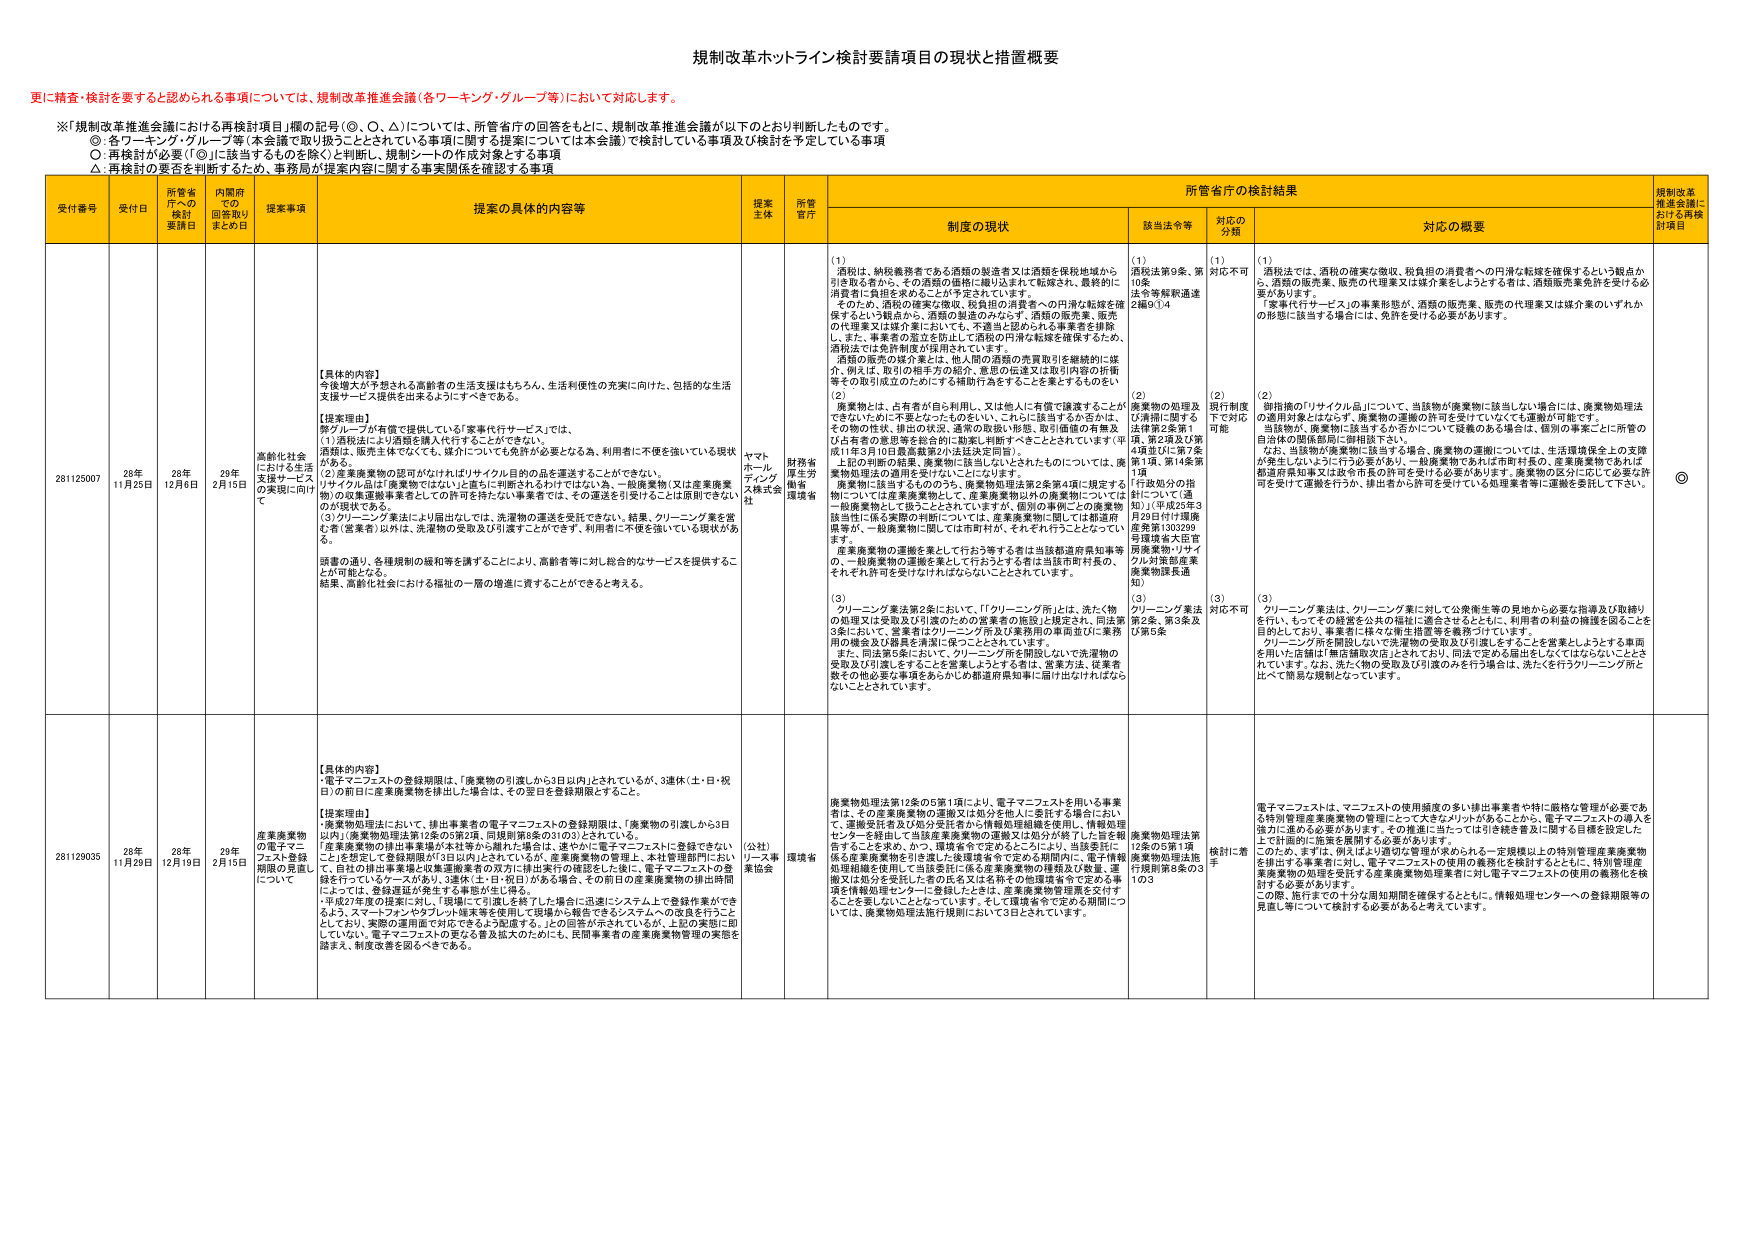
規制改革ホットライン検討要請項目の現状と措置概要

更に精査・検討を要すると認められる事項については、規制改革推進会議（各ワーキング・グループ等）において対応します。

※「規制改革推進会議における再検討項目」欄の記号（◎、○、△）については、所管省庁の回答をもとに、規制改革推進会議が以下のとおり判断したものです。
◎：各ワーキング・グループ等（本会議で取り扱うこととされている事項に関する提案については本会議）で検討している事項及び検討を予定している事項
○：再検討が必要（「◎」に該当するものと除く）と判断し、規制シートの作成対象とする事項
△：再検討の要否を判断するため、事務局が提案内容に関する事実関係を確認する事項

受付番号 受付日 所管省庁への検討要請日 内閣府での回答取りまとめ日 提案事項 提案の具体的内容等 提案主体 所管省庁 制度の現状 所管省庁の検討結果 規制改革推進会議における再検討項目
該当法令等 対応の分類 対応の概要

281125007 28年11月25日 28年12月6日 28年2月15日 高齢化社会における生活支援サービスの実現に向けて 【具体的な内容】
今後増大が予想される高齢者の生活支援はもちろん、生活利便性の充実を向けた、包括的な生活支援サービス提供を出来るようにすべきである。

【提案理由】
弊グループが有償で提供している「家事代行サービス」では、
（1）酒税法により酒類を購入代行することができない。
（2）産業廃棄物の認可がなければリサイクル目的の品を運送することができない。
（3）クリーニング業法により届出なしでは、洗濯物の運送を受託できない。結果、クリーニング業を営む者（営業者）以外は、洗濯物の受取及び引渡すことができず、利用者に不便を強いている現状がある。
設置の通り、各種規制の緩和等を講ずることにより、高齢者等に対し総合的なサービスを提供することが可能となる。
結果、高齢化社会における福祉の一層の増進に資することができると考える。 ヤマトホールディングス株式会社 財務省厚生労働省環境省 （1）酒税は、納税義務者である酒類の製造者又は酒類を保税地域から引き取る者から、その酒類の価格に織り込まれて転嫁され、最終的に消費者に負担を求めることが予定されています。
そのため、酒税の確実な徴収、税負担の消費者への円滑な転嫁を確保するという観点から、酒類の製造者のみならず、酒類の販売業、販売の代理業又は媒介業に係る業者を排除し、また、事業者の孤立を防止して酒税の円滑な転嫁を確保するため、酒税法では免許制度が採用されています。
酒類の販売の媒介業とは、他人間の酒類の売買取りを継続的に媒介、例えば、取りの相手方の紹介、意思の伝達又は取引内容の折衝等を繰り返し行うためにする継続行為をすることを要するものとし、
（2）廃棄物とは、占有者が自ら利用し、又は他人に有償で譲渡することができないために不要となったものについて、これらに該当するか否かは、その物の性状、排出の状況、通常の取扱い形態、取引価値の有無及び占有者の意思等を総合的に勘案し判断すべきこととされています（平成11年3月10日最高裁第2小法廷決定同等）。
上記の判断の結果、廃棄物に該当しないとされたものについては、廃棄物処理法の適用を受けないことになります。
廃棄物に該当するもののうち、廃棄物処理法第2条第4項に規定する物については産業廃棄物として、産業廃棄物以外の廃棄物については一般廃棄物として扱うこととされていますが、個別の事例ごとの廃棄物該当性に係る実際の判断については、産業廃棄物に関しては都道府県等が、一般廃棄物に関しては市町村が、それぞれ行うこととなっております。
産業廃棄物の運搬を業として行う等する者は当該都道府県知事等の、一般廃棄物の運搬を業として行おうとする者は当該市町村長の、それぞれ許可を受けなければならないこととされています。
（3）クリーニング業法第2条において、「『クリーニング所』とは、洗たく物の仕受け又は受取及び引渡のための営業者の施設と規定され、同法第3条において、営業者はクリーニング所及び業務用の専用室にし業務用の機会及び器具を清潔に保つこととされています。
また、同法第5条において、クリーニング所を開設しないで洗濯物の受取及び引渡しをすることが営業上よろしくないため、営業方法、従業者数その他必要な事項をあらかじめ都道府県知事に届け出なければならないこととされています。 （1）酒税法第9条、第10条、法令等解釈通達2編9①④ （2）廃棄物の処理及び清掃に関する法律第2条第1項、第2項及び第4項並びに第7条第1項、第14条第1項 「行政処分の指針について」（通則）（平成22年3月29日付け環境省環境大臣官房廃棄物・リサイクル対策部産業廃棄物課長通知） （3）クリーニング業法第2条、第3条及び第5条 （1）現行制度下で対応可能 （2）現行制度下で対応可能 （3）対応不可 （1）酒税法では、酒類の確実な徴収、税負担の消費者への円滑な転嫁を確保するという観点から、酒類の販売業、販売の代理業又は媒介業をしようとする者は、酒類販売業免許を受ける必要があります。
「家事代行サービス」の事業形態が、酒類の販売業、販売の代理業又は媒介業のいずれかの形態に該当する場合には、免許を受ける必要があります。
（2）御指摘の「リサイクル品」について、当該物が廃棄物に該当しない場合には、廃棄物処理法の適用対象とはならず、廃棄物の運搬の許可を受けていなくても運搬が可能です。
当該物が、廃棄物に該当するか否かについて疑義のある場合は、個別の事案ごとに所管の自治体の関係部局に御相談下さい。
なお、当該物が廃棄物に該当する場合、廃棄物の運搬については、生活環境保全上の支障が発生しないように行う必要があり、一般廃棄物であれば市町村長の、産業廃棄物であれば都道府県知事又は政令市長の許可を受ける必要があります。廃棄物の区分に応じて必要な許可を受けて運搬を行うか、排出者から許可を受けている処理業者等に運搬を委託して下さい。
（3）クリーニング業法は、クリーニング業に対して公衆衛生等の見地から必要な指導及び取締りを行い、もっての経営を公共の福祉に適合させるとともに、利用者の利益の擁護を図ることを目的としており、事業者に様々な衛生措置等を義務づけています。
クリーニング所を開設しないで洗濯物の受取及び引渡しすることを営業上よろしくする事由を用いた店舗は「無店舗取次店」とされており、同法で定める届出をしなくてはならないこととされています。なお、洗たく物の受取及び引渡のみを行う場合は、洗たくを行うクリーニング所と比べて簡易な規制となっています。 ◎

281129035 28年11月29日 28年12月19日 28年2月15日 産業廃棄物の電子マニフェスト登録期限の見直しについて 【具体的な内容】
「電子マニフェストの登録期限は、「廃棄物の引渡しから3日以内」とされているが、3連休（土・日・祝日）の前日に産業廃棄物を排出し場合、その翌日を登録期限とすること。

【提案理由】
・「廃棄物処理法において、排出事業者の電子マニフェストの登録期限は、「廃棄物の引渡しから3日以内」（廃棄物処理法第12条の5第2項、同規則第8条の31の3）とされている。
・「産業廃棄物の排出事業者が本社等から離れた場合は、速やかに電子マニフェストに登録できないことを想定して登録期限が72日以内とされているが、産業廃棄物の管理上、本社管理部門において、自社の排出事業場と収集運搬業者の双方に排出実行の確認をした後に、電子マニフェストの登録を行っているケースがあり、3連休（土・日・祝日）がある場合、その前日の産業廃棄物の排出時間によっては、登録遅延が発生する事態が生じ得る。
・平成27年度の提案に対し、「現場にて引渡しを終了した場合に迅速にシステム上で登録作業ができ、ふう、スマートフォンやタブレット端末等を使用して現場から報告できるシステムへの改良を行うことにより、実際の運用面で対応できるよう拡張する。」との回答が示されているが、上記の実態に即していない。電子マニフェストの更なる普及拡大のためにも、民間事業者の産業廃棄物管理の実態を踏まえ、制度改善を図るべきである。 （公社）リース事業協会 環境省 廃棄物処理法第12条の5第1項により、電子マニフェストを用いる事業者は、その産業廃棄物の運搬又は処分を他人に委託する場合において、運搬受託者及び処分受託者から情報取得組織を活用し、情報処理センターを経由して当該産業廃棄物の運搬又は処分が終了した旨を報告することを求め、かつ、環境省令で定めるところにより、当該委託に係る産業廃棄物を引渡した後環境省令で定める期間内に、電子情報処理組織を使用して当該委託に係る産業廃棄物の確認及び数量、運搬又は処分を受託した者の氏名又は名称その他環境省令で定める事項を情報処理センターに登録したときは、産業廃棄物管理票を交付することを要しないこととなっている。そして環境省令で定める期間については、廃棄物処理法施行規則において3日とされている。 廃棄物処理法第12条の5第1項廃棄物処理法施行規則第8条の31の3 検討に準 電子マニフェストは、マニフェストの使用頻度の多い排出事業者や特に厳格な管理が必要である特別管理産業廃棄物の管理にとって大きなメリットがあることから、電子マニフェストの導入を強力に進める必要があります。その推進に当たっては引き続き普及に関する目標を設定した上で計画的に施策を展開する必要があります。
このため、まずは、例えばより適切な管理が求められる一定規模以上の特別管理産業廃棄物を排出する事業者に対し、電子マニフェストの使用の義務化を検討するとともに、特別管理産業廃棄物の処理を委託する産業廃棄物処理業者に対し電子マニフェストの使用の義務化を検討する必要があります。
この際、施行までの十分な周知期間を確保するとともに、情報処理センターへの登録期限等の見直し等について検討する必要があると考えています。